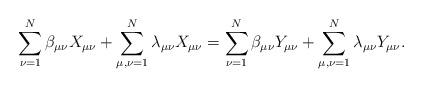
LaTeX: \begin{align*} \sum_{\nu=1 }^N \beta_{\mu\nu}X_{\mu\nu} + \sum_{\mu,\nu=1 }^N\lambda_{\mu\nu}X_{\mu\nu} = \sum_{\nu=1 }^N \beta_{\mu\nu}Y_{\mu\nu} + \sum_{\mu,\nu=1 }^N\lambda_{\mu\nu}Y_{\mu\nu}.\end{align*}